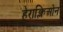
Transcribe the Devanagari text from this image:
हेराक्लिओन